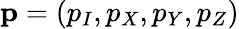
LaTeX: \mathbf{p}=\left(p_{I},p_{X},p_{Y},p_{Z}\right)